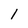
Character: 1